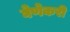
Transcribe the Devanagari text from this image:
घेणेकरी